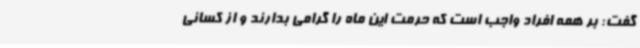
گفت: بر همه افراد واجب است که حرمت این ماه را گرامی بدارند و از کسانی